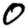
Digit: 0